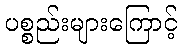
ပစ္စည်းများကြောင့်